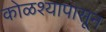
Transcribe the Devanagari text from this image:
कोळश्यापासून